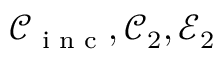
\mathcal { C } _ { \textnormal { \scriptsize i n c } } , \mathcal { C } _ { 2 } , \mathcal { E } _ { 2 }